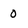
Character: 0